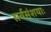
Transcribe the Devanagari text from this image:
सर्वसंशयाः